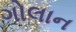
ગોલાન